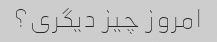
امروز چیز دیگری؟